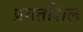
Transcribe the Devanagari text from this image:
प्रगतशिल